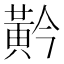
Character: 黅